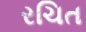
રચિત